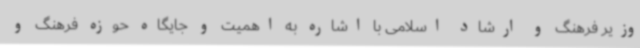
وزیر فرهنگ و ارشاد اسلامی با اشاره به اهمیت و جایگاه حوزه فرهنگ و